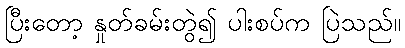
ပြီးတော့ နှုတ်ခမ်းတွဲ၍ ပါးစပ်က ပြဲသည်။